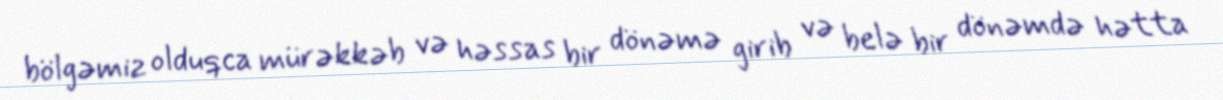
bölgəmiz olduqca mürəkkəb və həssas bir dönəmə girib və belə bir dönəmdə hətta